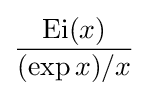
{\frac {\operatorname {Ei} (x)}{(\exp x)/x}}